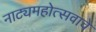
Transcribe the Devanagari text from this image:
नाट्यमहोत्सवाचे